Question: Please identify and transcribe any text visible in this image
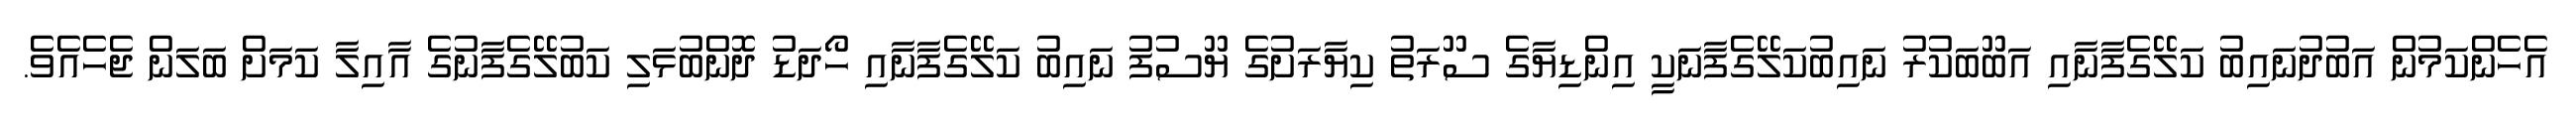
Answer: އެހެންކަމުން އަބުދުނައިބު ކަލޭގެފާނާއި އަބޫބަކުރު ނައިބުކަލޭގެފާނަކީ އިންޑިޔާގެ ސޫރަތު ކިޔާރަށުގެ ޔޫސުފު ނައިބު ކަލޭގެފާނާއި ހޯދަޑު ދޮންބުޅަލި ކަބުލޭގެފާނުގެ އާއިލާ ކަމަށް ބަލަން ޖެހެއެވެ.